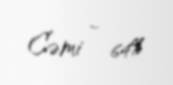
Cəmi - 64%